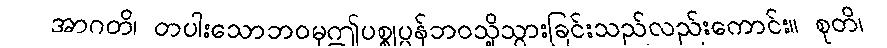
အာဂတိ၊ တပါးသောဘဝမှဤပစ္စုပ္ပန်ဘဝသို့သွားခြင်းသည်လည်းကောင်း။ စုတိ၊